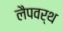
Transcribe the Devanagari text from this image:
लैपवर्थ